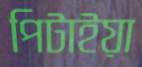
পিটাইয়া